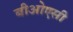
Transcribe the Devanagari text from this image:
बीओएसी